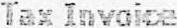
TAX INVOICE